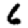
Digit: 6